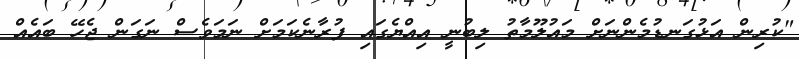
"ކުރިން އަޅުގަނޑުމެންނަށް މައުލޫމާތު ލިބުނީ އިއްޔެގައި ފުރާނެކަމަށް ނަމަވެސް ނަގަން ޖެހޭ ބައެއް